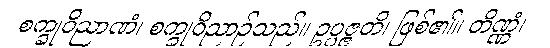
စက္ခုဝိညာဏံ၊ စက္ခုဝိညာဉ်သည်။ ဥပ္ပဇ္ဇတိ၊ ဖြစ်၏။ တိဏ္ဏံ၊